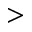
>